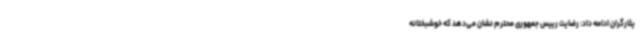
یثارگران ادامه داد: رضایت رییس جمهوری محترم نشان می‌دهد که خوشبختانه